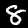
Label: 8